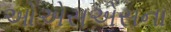
ઓએસએસના